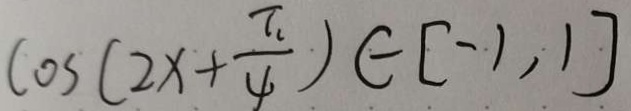
\cos ( 2 x + \frac { \pi } { 4 } ) \in [ - 1 , 1 ]